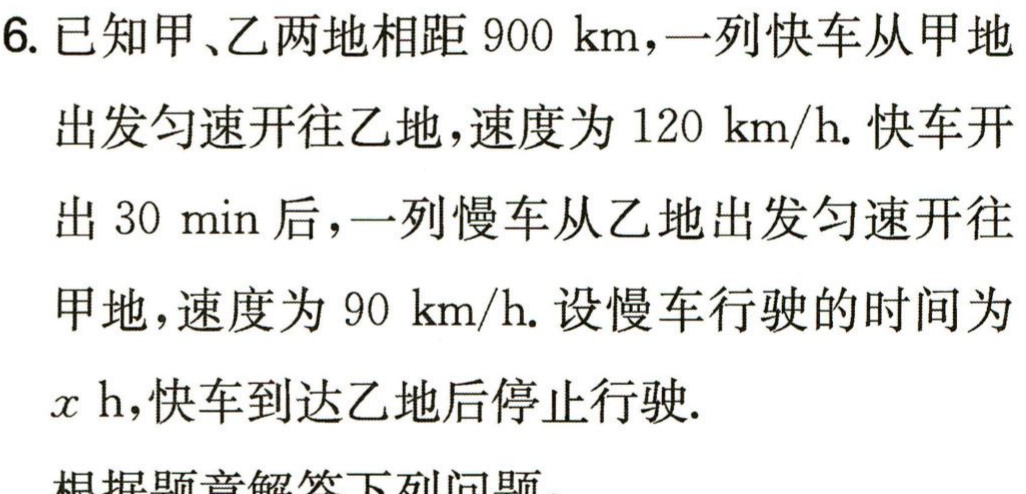
6. 已知甲、乙两地相距 \(900\mathrm{km}\)，一列快车从甲地出发匀速开往乙地，速度为 \(120\mathrm{km/h}\). 快车开出 \(30\mathrm{min}\) 后，一列慢车从乙地出发匀速开往甲地，速度为 \(90\mathrm{km/h}\). 设慢车行驶的时间为 \(x\mathrm{h}\)，快车到达乙地后停止行驶.

根据题意解答下列问题